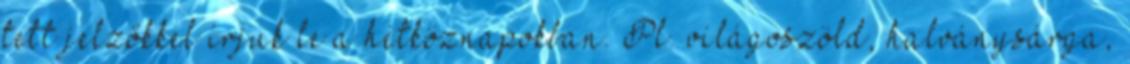
tett jelzőkkel írjuk le a hétköznapokban. Pl. világoszöld, halványsárga,